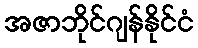
အဇာဘိုင်ဂျန်နိုင်ငံ